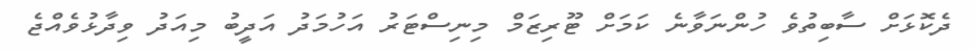
ދެކޮޅަށް ސާބިތުވެ ހުންނަވާނެ ކަމަށް ޓޫރިޒަމް މިނިސްޓަރު އަހުމަދު އަދީބު މިއަދު ވިދާޅުވެއްޖެ